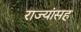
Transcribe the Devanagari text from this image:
राज्यांसह